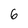
Character: 6